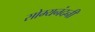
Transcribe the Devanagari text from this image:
सोम्यनंदनी